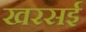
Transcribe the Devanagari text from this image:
खरसई